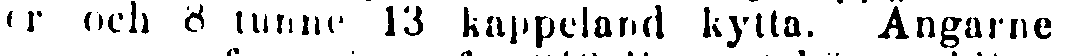
er och 8 tunne 13 kappeland kytta. Ängarne